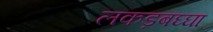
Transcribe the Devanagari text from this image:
लकड़बघ्घा